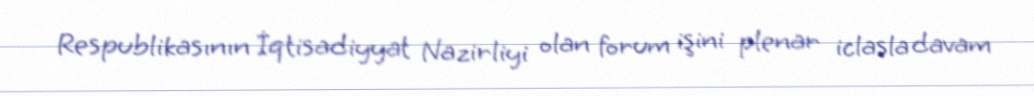
Respublikasının İqtisadiyyat Nazirliyi olan forum işini plenar iclasla davam